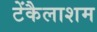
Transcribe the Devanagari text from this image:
टेंकैलाशम